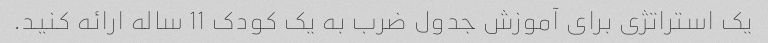
یک استراتژی برای آموزش جدول ضرب به یک کودک 11 ساله ارائه کنید.